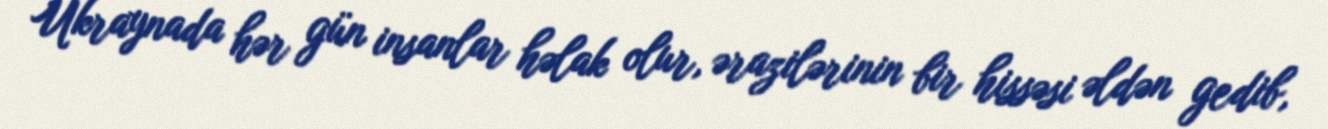
Ukraynada hər gün insanlar həlak olur, ərazilərinin bir hissəsi əldən gedib,